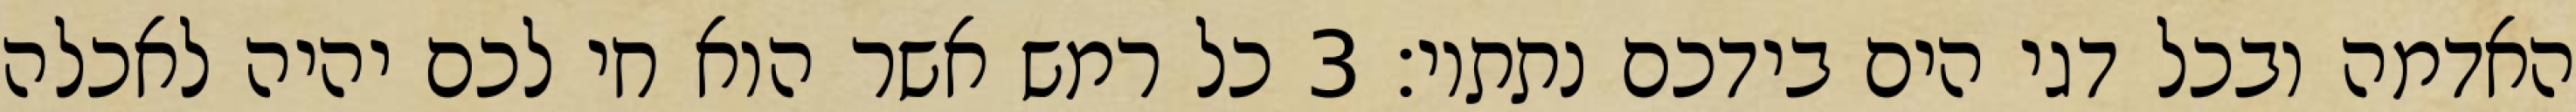
האדמה ובכל דגי הים בידכם נתתיו׃ ‎3‏ כל רמש אשר הוא חי לכם יהיה לאכלה